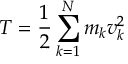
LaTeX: T = { \frac { 1 } { 2 } } \sum _ { k = 1 } ^ { N } m _ { k } v _ { k } ^ { 2 }